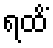
ရထိံ